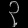
Digit: ၃